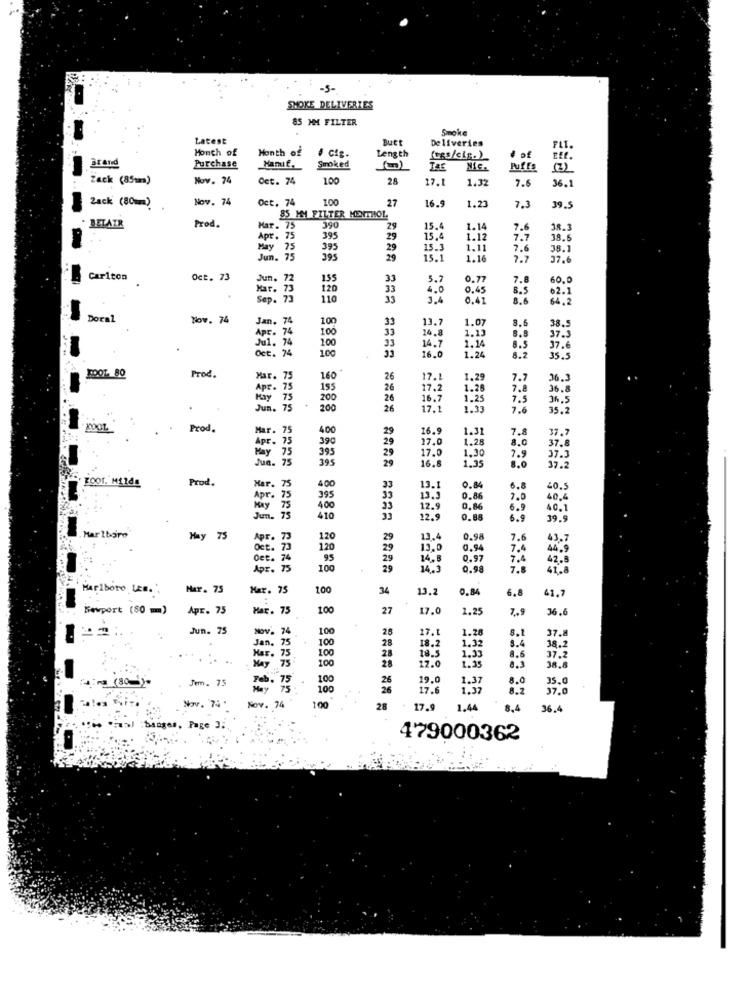
SMOKE DELIVERIES
85 MM FILTER
Smoke
Latest
Butt
Deliveries
Month of
Month of
Length
& ctg.
fugs/cis.)
Purchase
Manuf.
Smoked
THE
Nic.
Puffs
(3)
Zack (85mm)
Nov. 74
Cet. 74
100
28
7.1
1.32
7.6
36.1
Zack (80mm)
Nov. 74
Oct. 74
1.00
27
16.9
1.23
7.3
39.5
Prod.
85 MM FILTER MENTHOL
390
BELAIR
Mar. 75
29
15.4
1.14
7.6
38.
Apt. 75
395
29
15,
1.12
7.7
38.
May
75
395
29
15 .:
1.11
7.6
38.1
Jun. 75
395
29
15.1
1.16
7.7
17.6
Carlton
Oct. 73
Jun. 72
155
33
5.7
0.7
7.8
60.0
kar. 73
120
33
4.0
0,45
8.5
2.1
Sep.
110
0.41
8.6
64,2
Doral
Nov. 74
Jan.7
100
33
13.7
38.5
. 74
33
14.8
1.07
8.6
100
100
33
1.13
8.8
37.3
. 74
14.7
1.24
8.5
37.6
1.00
16.0
8.2
35.5
BOOT 80
Prod.
Mar.
160"
26
17.1
1.29
7.7
36.3
Apr.
195
26
17,2
1.26
7.8
36.
May
75
200
26
16.7
1.25
7.5
36.
.
. 75
200
26
17.1
1.33
7.6
35.2
Prod.
Mar. 75
400
16.9
1.31
7.8
37.
Apr. 75
29
17.0
1.28
8.0
75
390
595
29
17.0
1.30
37.8
Jun. 7
395
16.8
1.35
7.9
8.0
37.3
37.2
oor. Milda
Prod.
400
Mar. 75
13.1
0.84
6.8
40.5
Apr.
75
395
33
13.3
0.86
7.0
40.4
May 75
400
33
12.9
0,86
6.9
40.1
Jun. 75
410
33
12.9
0.8
6.9
39.5
Marlboro
May
APF . 73
120
29
13.4
0.98
7.6
43.7
120
13.0
0.94
7.4
44,9
95
29
14,5
0.9
7.4
75
100
29
14.3
0.98
7.8
Marlboro Lze .:
Mar. 75
Mar. 75
100
34
13.2
0.84
6.8
41.7
Newport (80 m)
Apr. 75
Mar. 75
100
27
17.0
1.25
7.9
36.6
Jun. 75
74
100
17.1
1.28
8.1
37.8
Jan. 75
100
38.2
100
28
18.2
18.5
1,32
3.4
8.6
Mar. 75
100
28
37.2
17.0
1.35
8.3
38.8
(80)
Jem. 75
Feb.
.75
100
26
19.0
1.37
8.0
35.0
May
75
100
26
17.6
1.37
8.2
37.0
Nov. 74 .
Nov. 74
100
28
17.9
1.44
36.4
banges, Page 3.
479000362